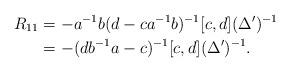
LaTeX: \begin{align*} R_{11}&=-a^{-1}b(d-ca^{-1}b)^{-1}[c,d](\Delta')^{-1} \\&= - (db^{-1}a-c)^{-1}[c,d](\Delta')^{-1}. \end{align*}